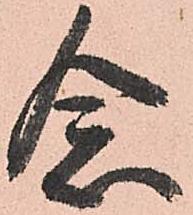
念